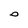
Character: 0